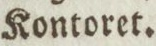
Kontoret.